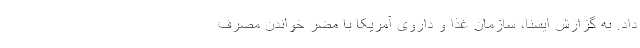
داد. به گزارش ایسنا، سازمان غذا و داروی آمریکا با مضر خواندن مصرف